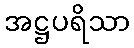
အဋ္ဌပရိသာ